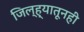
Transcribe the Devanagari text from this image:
जिल्ह्यातूनही